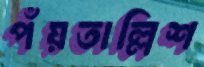
পঁয়তাল্লিশ